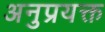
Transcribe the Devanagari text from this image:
अनुप्रयक्त